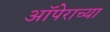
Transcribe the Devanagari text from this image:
ऑपेराच्या